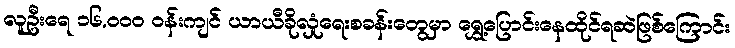
လူဦးရေ ၁၆,၀၀၀ ဝန်းကျင် ယာယီခိုလှုံရေးစခန်းတွေမှာ ရွှေ့ပြောင်းနေထိုင်ရဆဲဖြစ်ကြောင်း